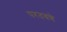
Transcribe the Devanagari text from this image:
परतवणे